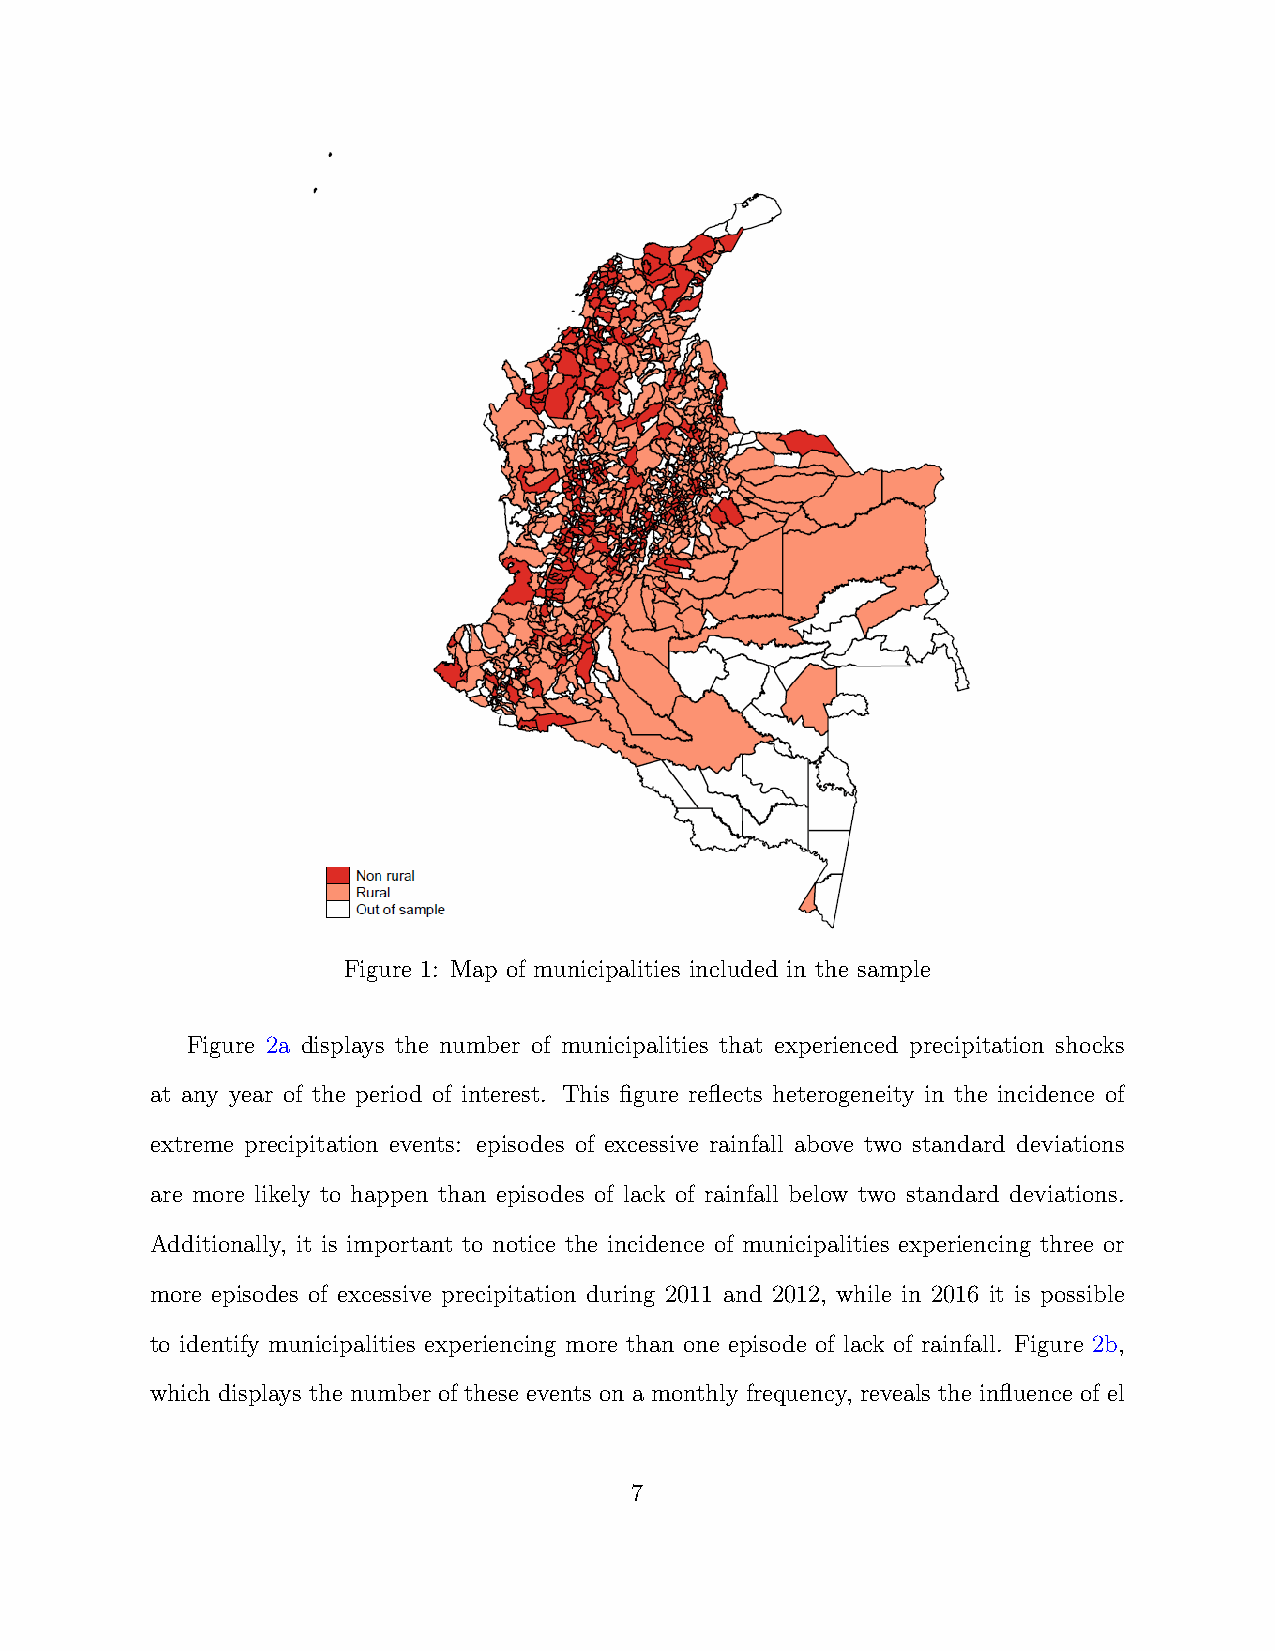
Figure 1: Map of municipalities included in the sample
 Figure 2a displays the number of municipalities that experienced precipitation shocks
 at any year of the period of interest. This figure reflects heterogeneity in the incidence of
 extreme precipitation events: episodes of excessive rainfall above two standard deviations
 are more likely to happen than episodes of lack of rainfall below two standard deviations.
 Additionally, it is important to notice the incidence of municipalities experiencing three or
 more episodes of excessive precipitation during 2011 and 2012, while in 2016 it is possible
 to identify municipalities experiencing more than one episode of lack of rainfall. Figure 2b,
 which displays the number of these events on a monthly frequency, reveals the influence of el
 7